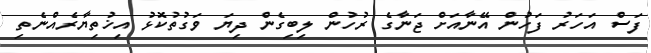
ފަސް އަހަރު ފަހުން އޭނާއަށް ޖަނާގެ ރުހުން ލިބިގެން ދިޔަ ވަގުތުކޮޅު އިޚުތިޔާރެއްނެތި